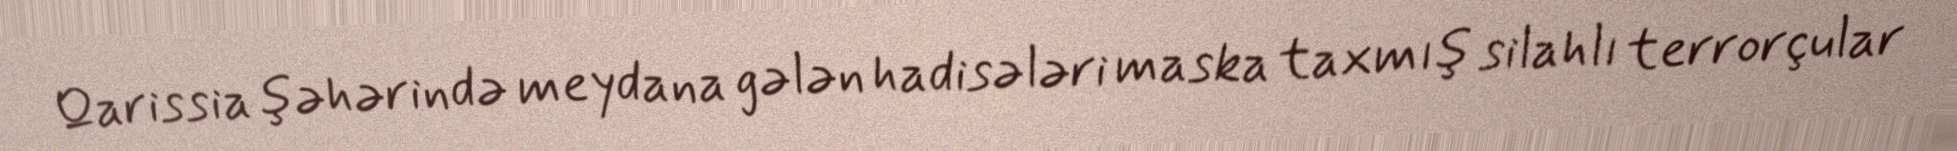
Qarissia şəhərində meydana gələn hadisələri maska taxmış silahlı terrorçular